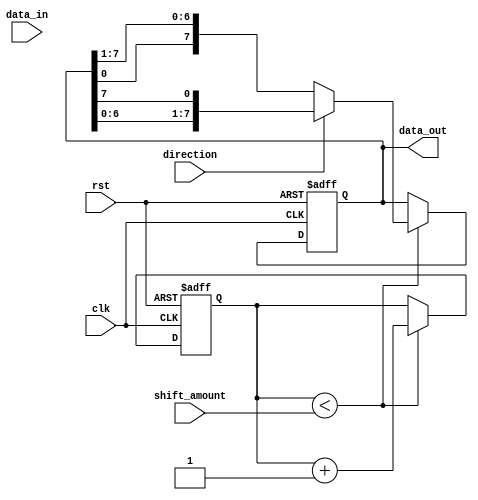
module CircularBarrelShifter (
    input clk,
    input rst,
    input [3:0] shift_amount,
    input direction,
    input [7:0] data_in,
    output reg [7:0] data_out
);

reg [7:0] temp_data;
reg [3:0] shift_cnt;

always @(posedge clk or posedge rst) begin
    if (rst) begin
        temp_data <= 8'b0;
        shift_cnt <= 4'b0;
    end else begin
        if (shift_cnt < shift_amount) begin
            if (direction) begin
                temp_data <= {temp_data[6:0], temp_data[7]};
            end else begin
                temp_data <= {temp_data[0], temp_data[7:1]};
            end
            shift_cnt <= shift_cnt + 1;
        end
    end
end

assign data_out = temp_data;

endmodule